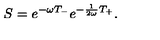
S = e ^ { - \omega T _ { - } } e ^ { - \frac { 1 } { 2 \omega } T _ { + } } .